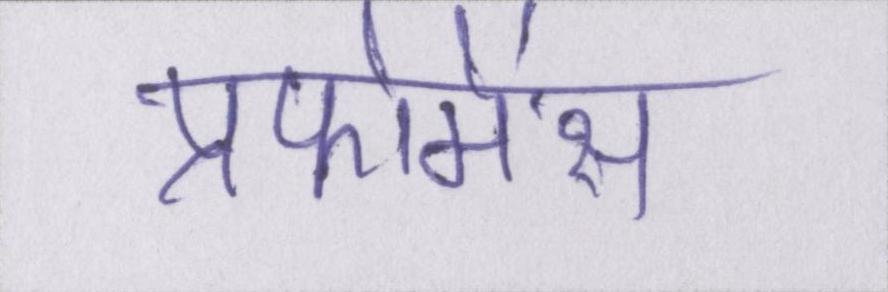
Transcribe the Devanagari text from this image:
प्रफोमेंस